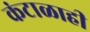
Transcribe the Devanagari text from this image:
कंटाळाही